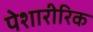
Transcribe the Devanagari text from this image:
पेशारीरिक